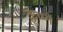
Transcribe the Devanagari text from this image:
कृष्णै